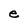
Character: e